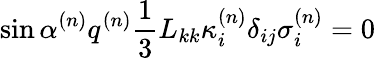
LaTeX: \sin\alpha^{(n)}q^{(n)}\frac{1}{3}L_{kk}\kappa_{i}^{(n)}\delta_{ij}\sigma_{i}^{(n)}=0